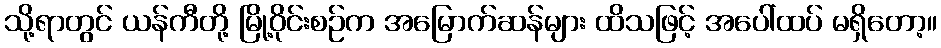
သို့ရာတွင် ယန်ကီတို့ မြို့ဝိုင်းစဉ်က အမြောက်ဆန်များ ထိသဖြင့် အပေါ်ထပ် မရှိတော့။